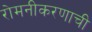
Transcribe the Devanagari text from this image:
रोमनीकरणाची